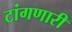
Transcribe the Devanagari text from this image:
टांगणारी